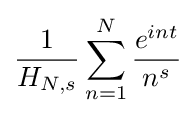
{\frac {1}{H_{N,s}}}\sum \limits _{n=1}^{N}{\frac {e^{int}}{n^{s}}}